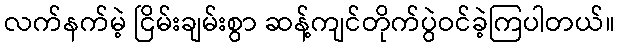
လက်နက်မဲ့ ငြိမ်းချမ်းစွာ ဆန့်ကျင်တိုက်ပွဲဝင်ခဲ့ကြပါတယ်။